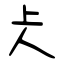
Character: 仧